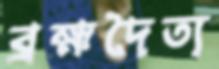
ব্রহ্মদৈত্য